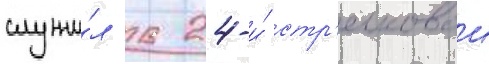
служи́л в 24-и́ стр'елковои